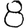
Digit: 8